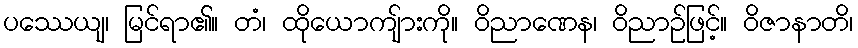
ပဿေယျ၊ မြင်ရာ၏။ တံ၊ ထိုယောကျ်ားကို။ ဝိညာဏေန၊ ဝိညာဉ်ဖြင့်။ ဝိဇာနာတိ၊